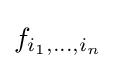
f_{i_{1},\dots ,i_{n}}